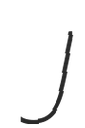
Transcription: J